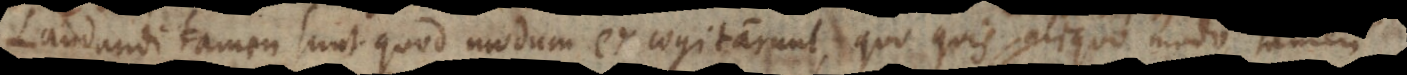
Laudandi tamen sunt quod modum excogitarunt, quo quis aliquo modo tamen